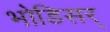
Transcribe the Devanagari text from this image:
भोडिसर्